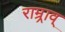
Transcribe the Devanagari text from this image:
राम्र्राव्